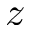
z